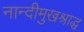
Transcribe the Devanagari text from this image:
नान्दीमुखश्राद्ध